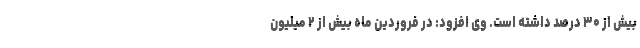
بیش از ۳۰ درصد داشته است. وی افزود: در فروردین ماه بیش از ۲ میلیون